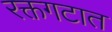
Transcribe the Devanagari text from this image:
रक्तगटात